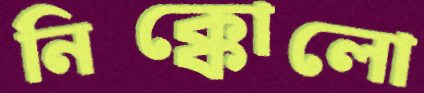
নিক্কোলো